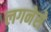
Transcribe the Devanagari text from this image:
लगनेसे